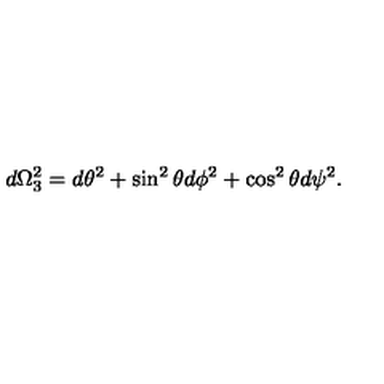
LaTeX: d \Omega _ { 3 } ^ { 2 } = d \theta ^ { 2 } + \sin ^ { 2 } \theta d \phi ^ { 2 } + \cos ^ { 2 } \theta d \psi ^ { 2 } .